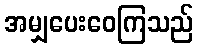
အမျှပေးဝေကြသည်